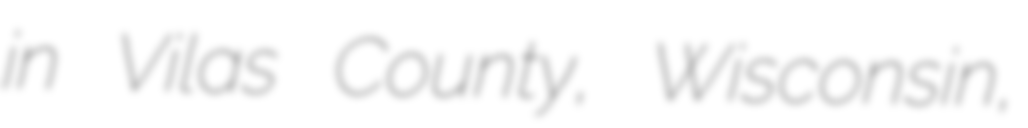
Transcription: in Vilas County, Wisconsin,